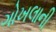
ગોખલાની